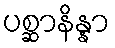
ပစ္ဆာနိန္နာ